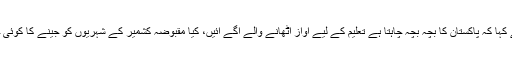
انہوں نے کہا کہ پاکستان کا بچہ بچہ چاہتا ہے تعلیم کے لیے آواز اٹھانے والے آگے آئیں، کیا مقبوضہ کشمیر کے شہریوں کو جینے کا کوئی حق نہیں۔